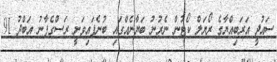
ސައުދީ އަރަބިއްޔާގެ ރޯޔަލް ކޯޓުން ނެރުނު ބަޔާނެއްގައި ބުނެފައިވަނީ ރަސްގެފާނު އަބްދު 91